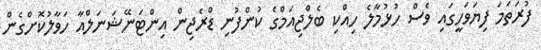
ފުރަތަމަ ފިޔަވަހީގައި ވެސް ހުޅުމާލެ ހިއްކި ބެލްޖިއަމްގެ ކުންފުނި ޑްރެޖިން އިންޓަނޭޝަނަލްއާ ހަވާލުކޮށްގެން